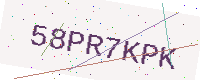
Text: 58PR7KPK